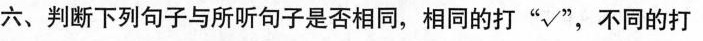
六、判断下列句子与所听句子是否相同,相同的打"√",不同的打"×"。(10分)